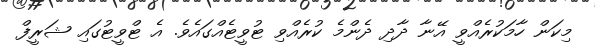
މިކަން ހާމަކުރެއްވީ އޭނާ ދާދި ދެންމެ ކުރެއްވި ޓުވީޓެއްގައެވެ. އެ ޓްވީޓުގައި ޝަރީފް